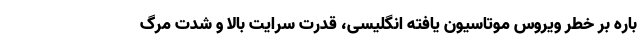
باره بر خطر ویروس موتاسیون یافته انگلیسی، قدرت سرایت بالا و شدت مرگ